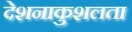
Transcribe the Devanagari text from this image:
देशनाकुशलता